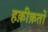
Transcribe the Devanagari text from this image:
हक़ीक़तों